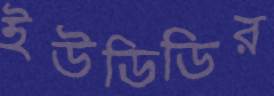
ইউডিডির